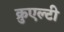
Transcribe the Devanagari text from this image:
क्रुएल्टी